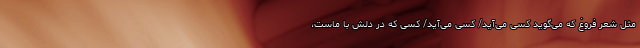
مثل شعر فروغ که می‌گوید کسی می‌آید/ کسی می‌آید/ کسی که در دلش با ماست،